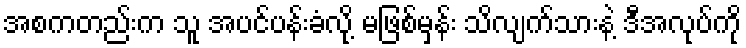
အစကတည်းက သူ အပင်ပန်းခံလို့ မဖြစ်မှန်း သိလျက်သားနဲ့ ဒီအလုပ်ကို